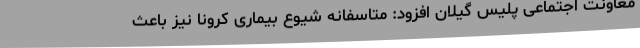
معاونت اجتماعی پلیس گیلان افزود: متاسفانه شیوع بیماری کرونا نیز باعث